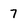
Character: 7